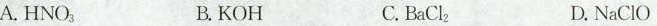
A. HNO_{3} B.KOH C.BaCl _{2} D. NaClO